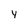
Character: y